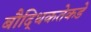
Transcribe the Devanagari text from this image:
बौद्धिकतेकडे